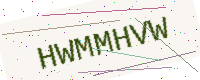
Text: HWMMHVW